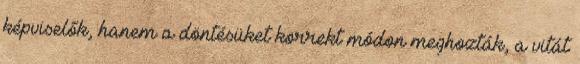
képviselők, hanem a döntésüket korrekt módon meghozták, a vitát